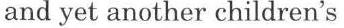
and yet another children's